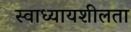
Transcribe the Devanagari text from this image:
स्वाध्यायशीलता